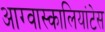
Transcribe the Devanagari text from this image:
आग्वास्कालियांटेस